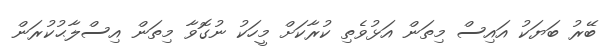
ބޭރު ބަޔަކު އައިސް މިތަން އަޅުވެތި ކުރާކަށް މީހަކު ނުގޮވާ މިތަން އިސްލާޙުކުރަން